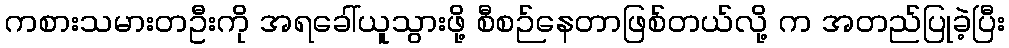
ကစားသမားတဦးကို အရခေါ်ယူသွားဖို့ စီစဉ်နေတာဖြစ်တယ်လို့ က အတည်ပြုခဲ့ပြီး